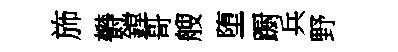
斾欎鏜哥艘堕蹰兵野